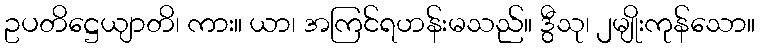
ဥပတိဋ္ဌေယျာတိ၊ ကား။ ယာ၊ အကြင်ရဟန်းမသည်။ ဒွီသု၊ ၂မျိုးကုန်သော။